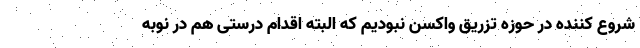
شروع کننده در حوزه تزریق واکسن نبودیم که البته اقدام درستی هم در نوبه